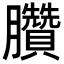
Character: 臢